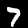
Digit: 7